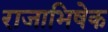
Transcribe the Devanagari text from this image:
राजाभिषेक